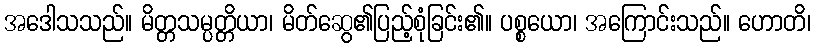
အဒေါသသည်။ မိတ္တသမ္ပတ္တိယာ၊ မိတ်ဆွေ၏ပြည့်စုံခြင်း၏။ ပစ္စယော၊ အကြောင်းသည်။ ဟောတိ၊